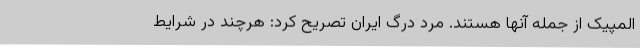
المپیک از جمله آنها هستند. مرد درگ ایران تصریح کرد: هرچند در شرایط